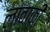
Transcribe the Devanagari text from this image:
लावाकी